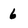
Character: 6